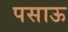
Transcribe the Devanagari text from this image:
पसाऊ